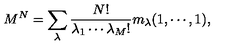
M ^ { N } = \sum _ { \lambda } { \frac { N ! } { \lambda _ { 1 } \cdots \lambda _ { M } ! } } m _ { \lambda } ( 1 , \cdots , 1 ) ,